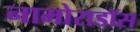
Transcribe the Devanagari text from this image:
नामोराडॉस